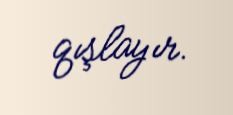
qışlayır.